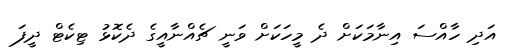
އަދި ހާއްސަ އިނާމަކަށް ދެ މީހަކަށް ވަނީ ޗެއްނާއީގެ ދެކޮޅު ޓިކެޓް ދީފަ